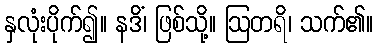
နှလုံးပိုက်၍။ နဒိံ၊ ဖြစ်သို့။ ဩတရိ၊ သက်၏။